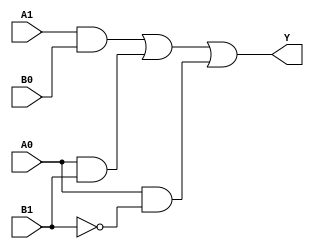
module combinational_logic (
    input wire A1,   // Most significant bit of A
    input wire A0,   // Least significant bit of A
    input wire B1,   // Most significant bit of B
    input wire B0,   // Least significant bit of B
    output wire Y    // Output Y
);

    // Combinational logic block utilizing 'Don't Care' conditions
    assign Y = (A1 & B0) | (A0 & B1) | (A0 & ~B1);

endmodule